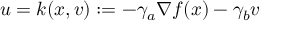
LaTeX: u = k ( x , v ) : = - \gamma _ { a } \nabla f ( x ) - \gamma _ { b } v